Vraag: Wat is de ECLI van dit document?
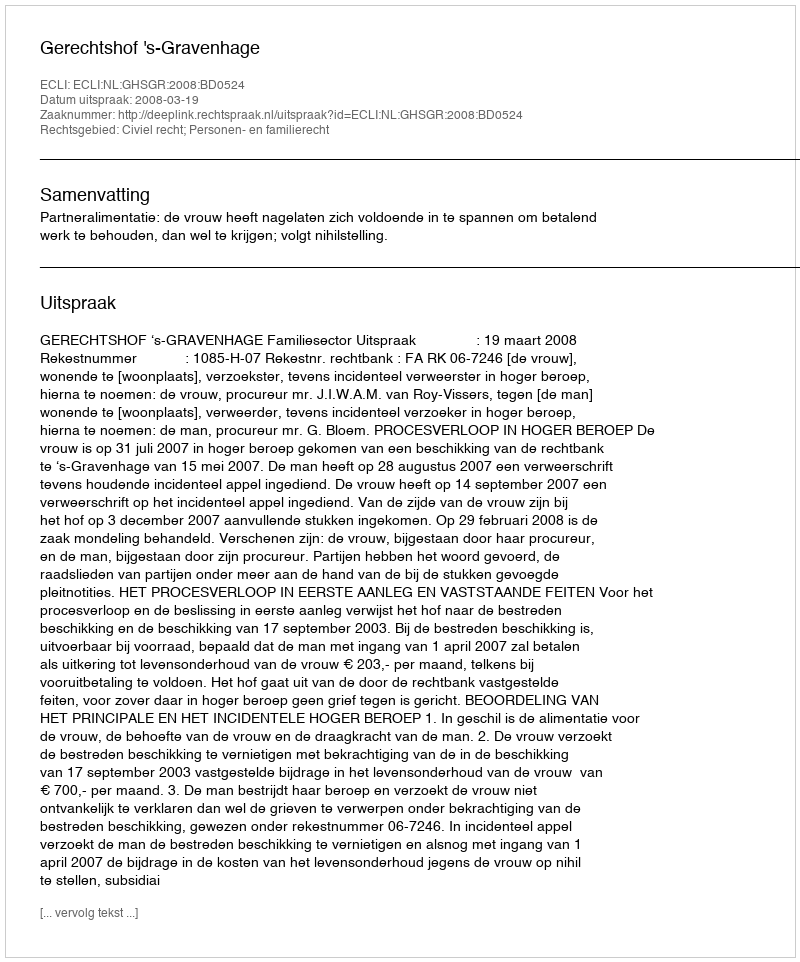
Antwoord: ECLI:NL:GHSGR:2008:BD0524